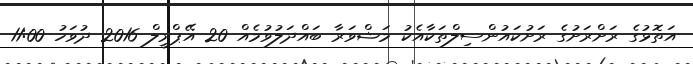
އަތޮޅުގެ ރަށްރަށުގެ ރަށުކައުންސިލްތަކާއެކު މަޝްވަރާ ބައްދަލުވުމެއް 20 އޭޕްރީލް 2016 ދުވަހު 11:00